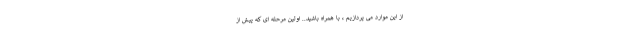
از این موارد می پردازیم ، با همراه باشید.. اولین مرحله ای که پیش از